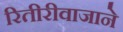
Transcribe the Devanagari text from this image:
रितीरीवाजाने